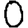
Digit: 0